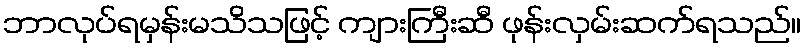
ဘာလုပ်ရမှန်းမသိသဖြင့် ကျားကြီးဆီ ဖုန်းလှမ်းဆက်ရသည်။